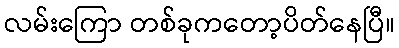
လမ်းကြော တစ်ခုကတော့ပိတ်နေပြီ။